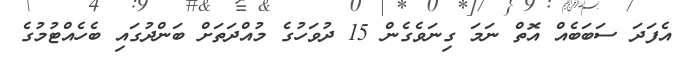
އެފަދަ ސަބަބެއް އޮތް ނަމަ ގިނަވެގެން 15 ދުވަހުގެ މުއްދަތަށް ބަންދުގައި ބެހެއްޓުމުގެ